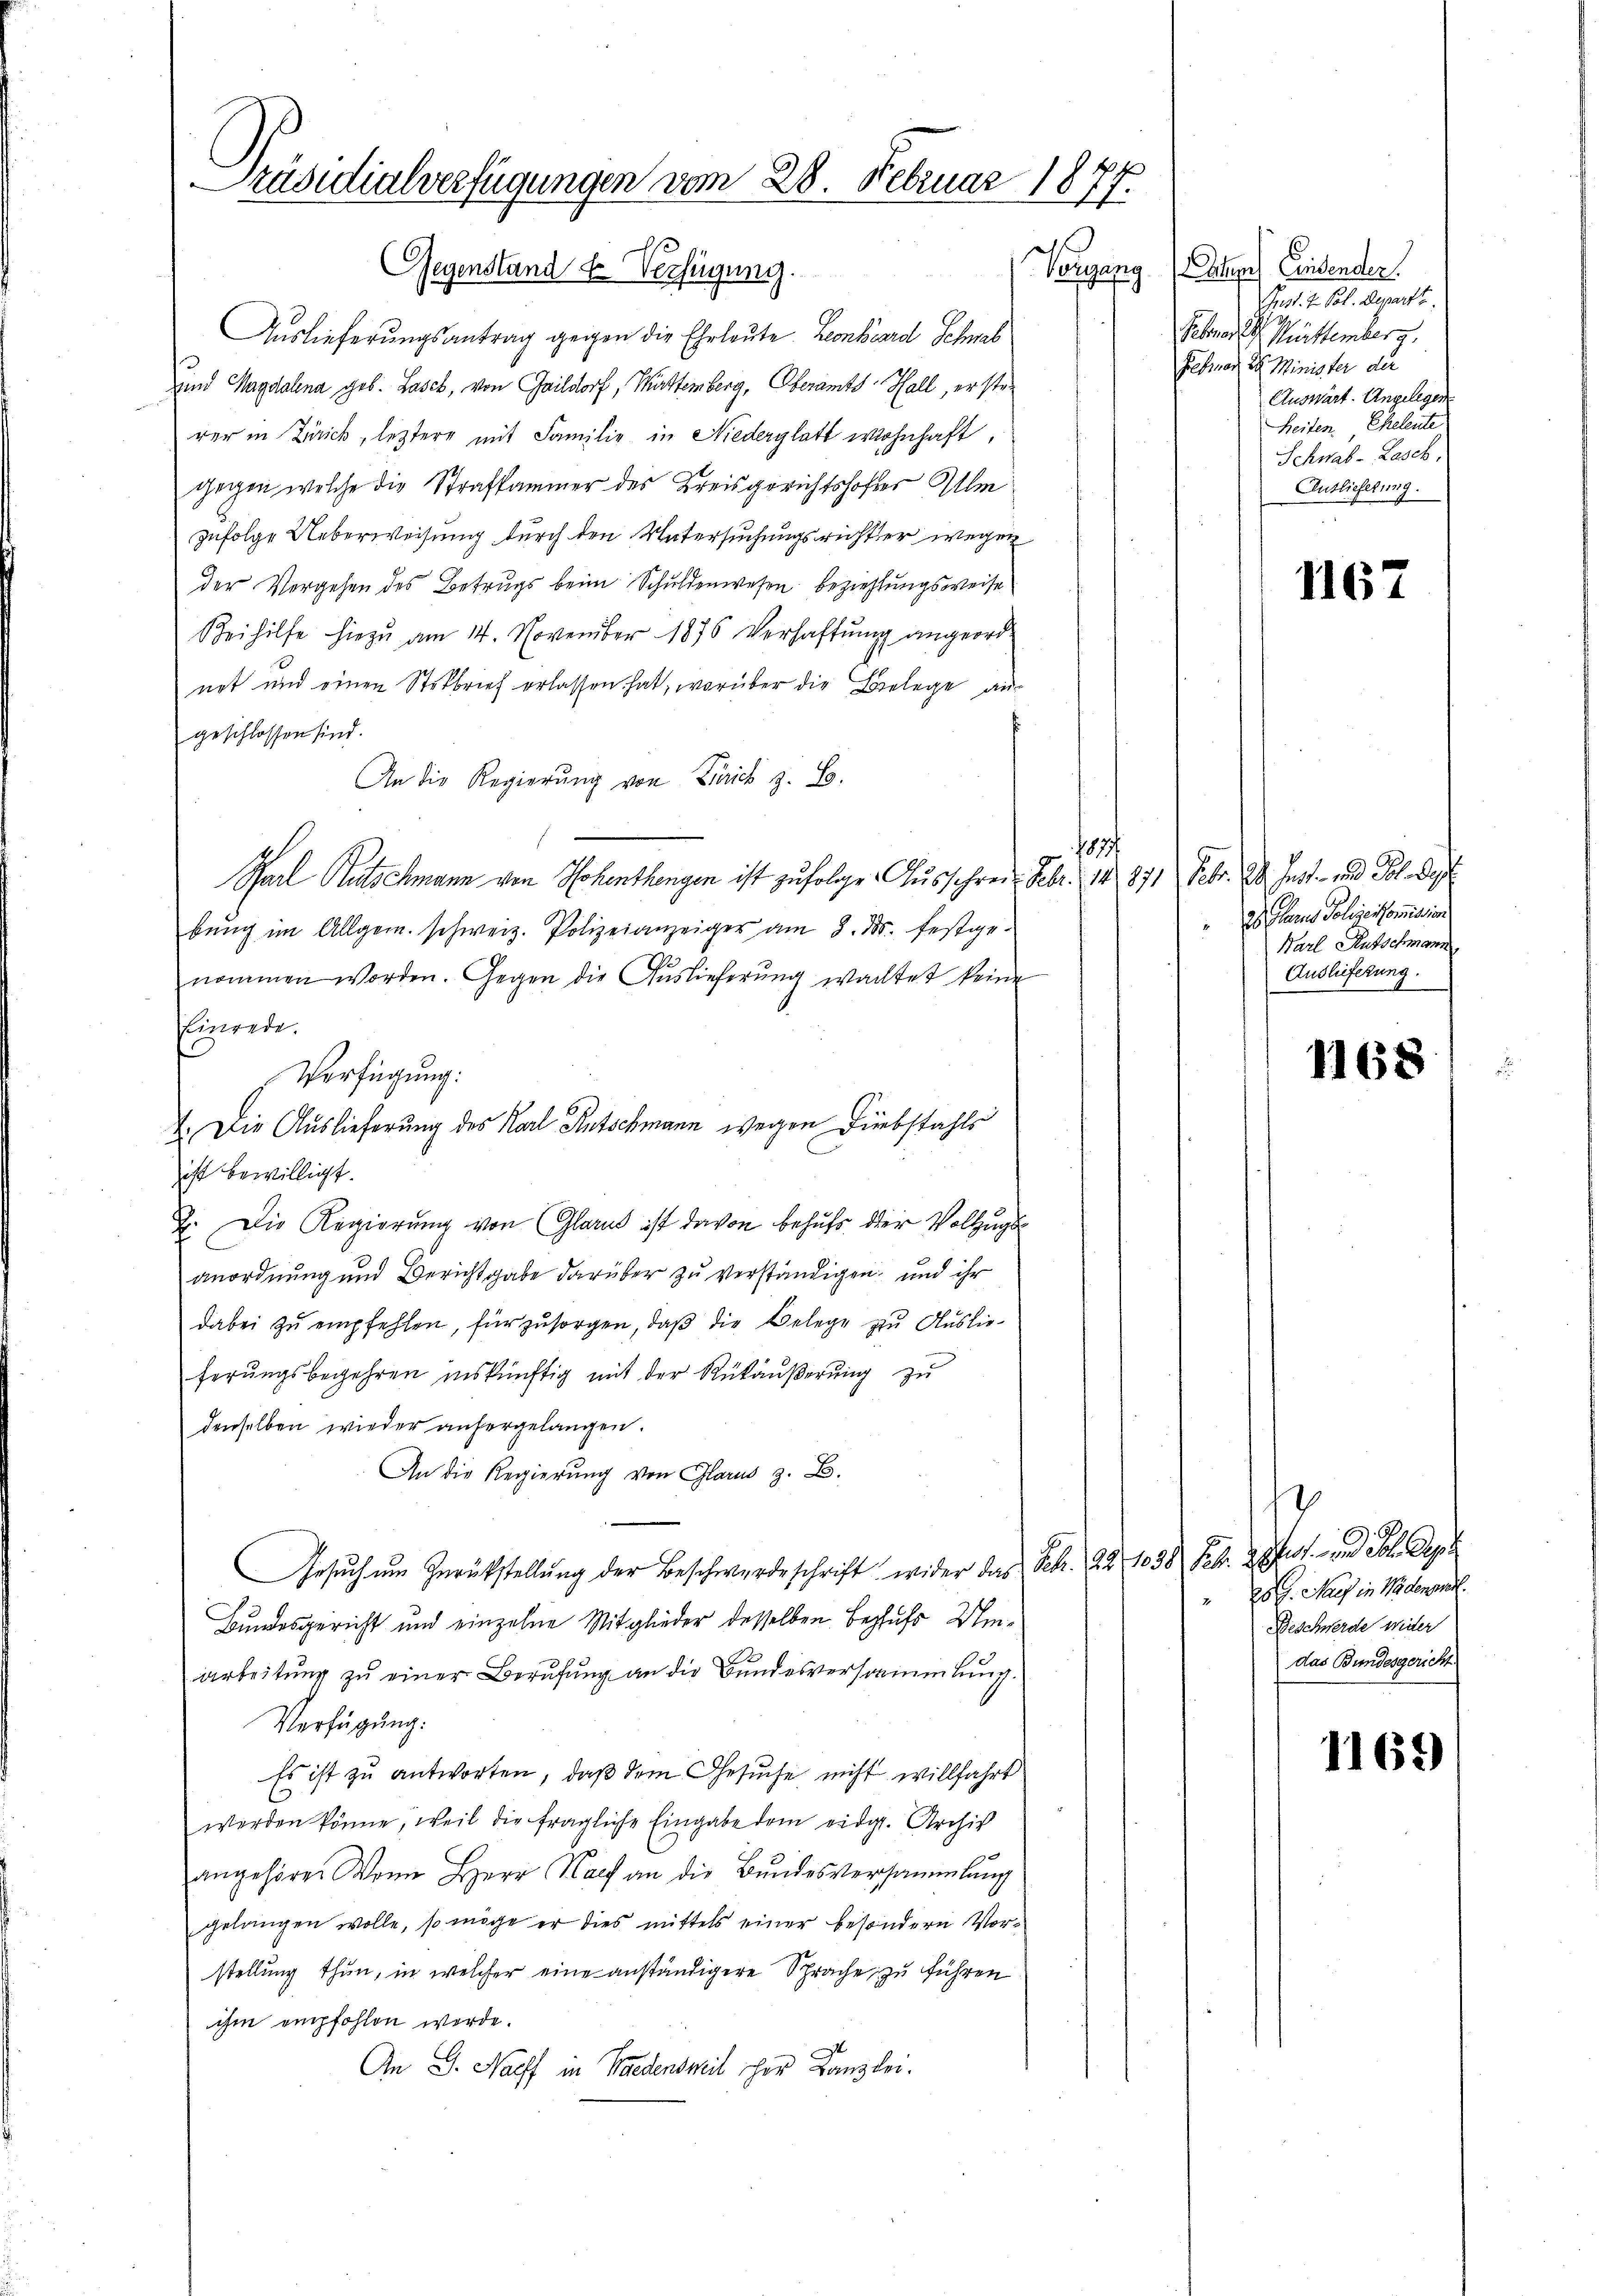
Präsidialverfügungen vom 28. Februar 1877.
Vergang
Gegenstand & Verfügung.

1
Auslieferungsantrag gegen die Ehrleute Leonhard Schnal
s
und Magdalena geb. Lasch, von Gaildorf, Württemberg, Oberamts Hall, ersterer in Zürick, letztere mit Familie in Niederglatt wohnhaft,
gegen, welche die Strafkammer des Kreisgerichtshofer Um
zufolge Ueberweisung durch den Untersuchungsrichter wegen
der Vergehen des Betrugs beim Schuldenwesen Beziehungsweise
Beihilfe hiezu am 14. November 1875 Verhaftung angeordnot und einen Steckbrief erlassen hat, worüber die Belege au
geschlossen sind.
An die Regierung von Zürich z. B.
Parl Rutschmann von Hohenthengen ist zufolge Aus ihren Febr. 14, 871 Febr. 24. Just- und Pol. Dep
bŭng im Allgem. schweiz. Polizeianzeiger am 8. d. festge-
nommen worden. Gegen die Auslieferŭng wachtet keine
Einrede.
Verfügung:
1. Die Auslieferung des Karl Rutschmann wegen Diebstahls
ist bewilligt.
2. Die Regierung von Glarus ist davon behufs der Vollzugs
anordnung und Berichtgabe darüber zu verständigen, und ihr
dabei zu empfehlen, für zu sorgen, daß die Belege zu Auslieferungsbegehren inskünftig mit der Rükäußerung zu
denselben wieder anhergelangen.
An die Regierung von Glarus z. B.
Gesuch um Zurückstellung der Beschwerdeschrift wider das Febr. 22. 1038 Febr. 2 Post- und Lbl. Dep
Bundesgericht und einzelne Mitglieder desselben Begfuhr Um¬
Arbeitung zu einer Berufung an die Bundesversammlung.
Verfügung:
Es ist zu antworten, daß dem Gesuche nicht willfahrt
werden könne, weil die fragliche Eingabe dem eidg. Archiv
angehören Wann Herr Nach an die Bundesversammlung
gelangen wolle, so möge er dies mittels einer besondern Vorstellung thun, in welcher eine anständigere Sprache zu führen
ihm empfohlen werde.
An G. Nacht in Wiedensweil her Kanzlei.

1877

Iter Lindender
Pust. I. Pol. Depart
bona er Mittemberg.
Ebner der Minister der
Auswärt. Angelegen
Heiten. Eheleute
Schnal-Lasch,
Auslieferung.

1167

Es Pharis Polizeikommission
Karl Rutschmann,
Auslieferung.

1168

s
 25 J. Nach in Wädensentl.
Beschwerde weiter
das Bundesgericht

1169